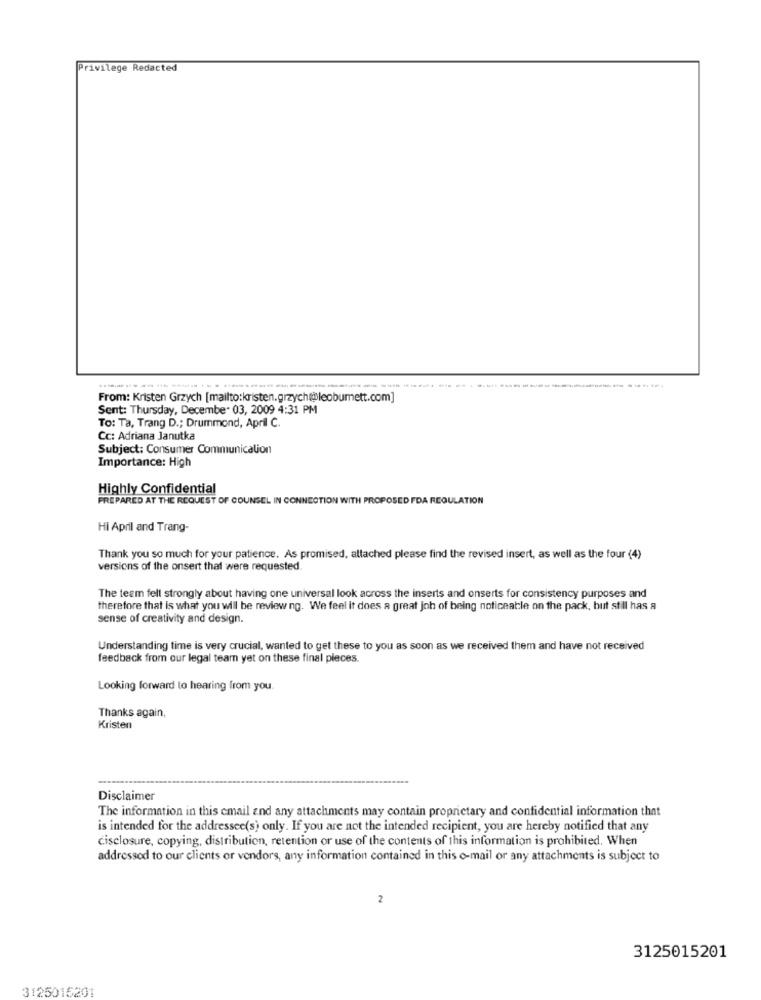
Privilege Redacted
From: Kristen Grzych [mailto:kristen.grzych@@leoburnett.com]
Sent: Thursday, December 03, 2009 4:31 PM
To: Ta, Trang D .; Drummond, April C.
Cc: Adriana Janutka
Subject: Consumer Communication
Importance: High
Highly Confidential
FREPARED AT THE REQUEST OF COUNSEL IN CONNECTION WITH PROPOSED FDA REGULATION
Hi April and Trang-
Thank you so much for your patience. As promised, attached please find the revised insert, as well as the four (4)
versions of the onsert that were requested.
The team fell strongly about having one universal look across the inserts and onserts for consistency purposes and
therefore that is what you will be review ng. We feel it does a great joh of being noticeable on the pack, but still has a
sense of creativity and design.
Understanding time is very crucial, wanted to get these to you as soon as we received them and have not received
feedback from our legal team yet on these final pieces.
Looking forward to hearing from you.
Thanks again,
Kristen
Disclaimer
The information in this email and any attachments may contain proprietary and confidential information that
is intended for the addressee(s) only. If you are not the intended recipient, you are hereby notified that any
cisclosure, copying, distribution, retention or use of the contents of this information is prohibited. When
addressed to our clients or vendors, any information contained in this e-mail or any attachments is subject to
2
3125015201
3125015201